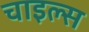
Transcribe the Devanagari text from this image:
चाइल्स